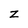
Character: z